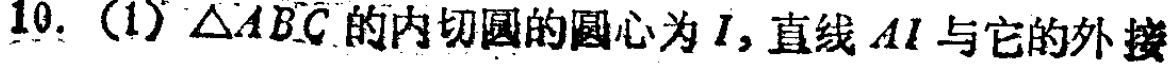
10. (1) $\triangle ABC$的内切圆的圆心为$I$, 直线$AI$与它的外接